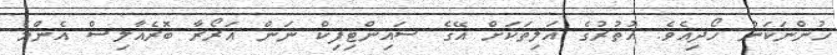
ހުންނަކަން ހޯދިއެވެ. އުތުރުގެ އަލިތަކަށް އޭގެ ސައިންޓިފިކް ނަން އަރޯރާ ބޮރެއާލިސް އެންމެ